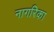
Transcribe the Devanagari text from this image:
नागरिका